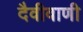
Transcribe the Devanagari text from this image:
दैवीवाणी